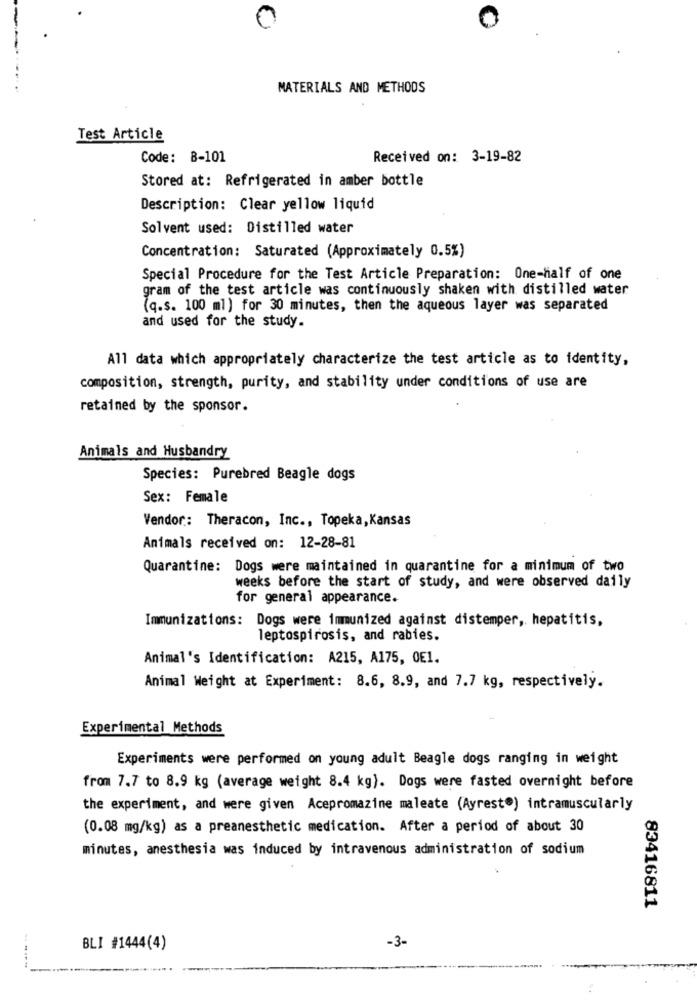
MATERIALS AND METHODS
Test Article
Code: B-101
Received on: 3-19-82
Stored at: Refrigerated in amber bottle
Description: Clear yellow liquid
Solvent used: Distilled water
Concentration: Saturated (Approximately 0.5%)
Special Procedure for the Test Article Preparation: One-half of one
gram of the test article was continuously shaken with distilled water
(q.s. 100 ml) for 30 minutes, then the aqueous layer was separated
and used for the study.
All data which appropriately characterize the test article as to identity,
composition, strength, purity, and stability under conditions of use are
retained by the sponsor.
Animals and Husbandry
Species: Purebred Beagle dogs
Sex: Female
Vendor: Theracon, Inc ., Topeka, Kansas
Animals received on: 12-28-81
Quarantine: Dogs were maintained in quarantine for a minimum of two
weeks before the start of study, and were observed daily
for general appearance.
Immunizations: Dogs were immunized against distemper, hepatitis,
leptospirosis, and rabies.
Animal's Identification: A215, A175, 0E1.
Animal Weight at Experiment: 8.6, 8.9, and 7.7 kg, respectively.
Experimental Methods
Experiments were performed on young adult Beagle dogs ranging in weight
from 7.7 to 8.9 kg (average weight 8.4 kg). Dogs were fasted overnight before
the experiment, and were given Acepromazine maleate (Ayrest.) intramuscularly
(0.08 mg/kg) as a preanesthetic medication. After a period of about 30
minutes, anesthesia was induced by intravenous administration of sodium
83416811
BLI #1444(4)
-3-